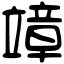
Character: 𥪮